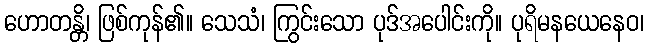
ဟောတန္တိ၊ ဖြစ်ကုန်၏။ သေသံ၊ ကြွင်းသော ပုဒ်အပေါင်းကို။ ပုရိမနယေနေဝ၊